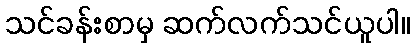
သင်ခန်းစာမှ ဆက်လက်သင်ယူပါ။